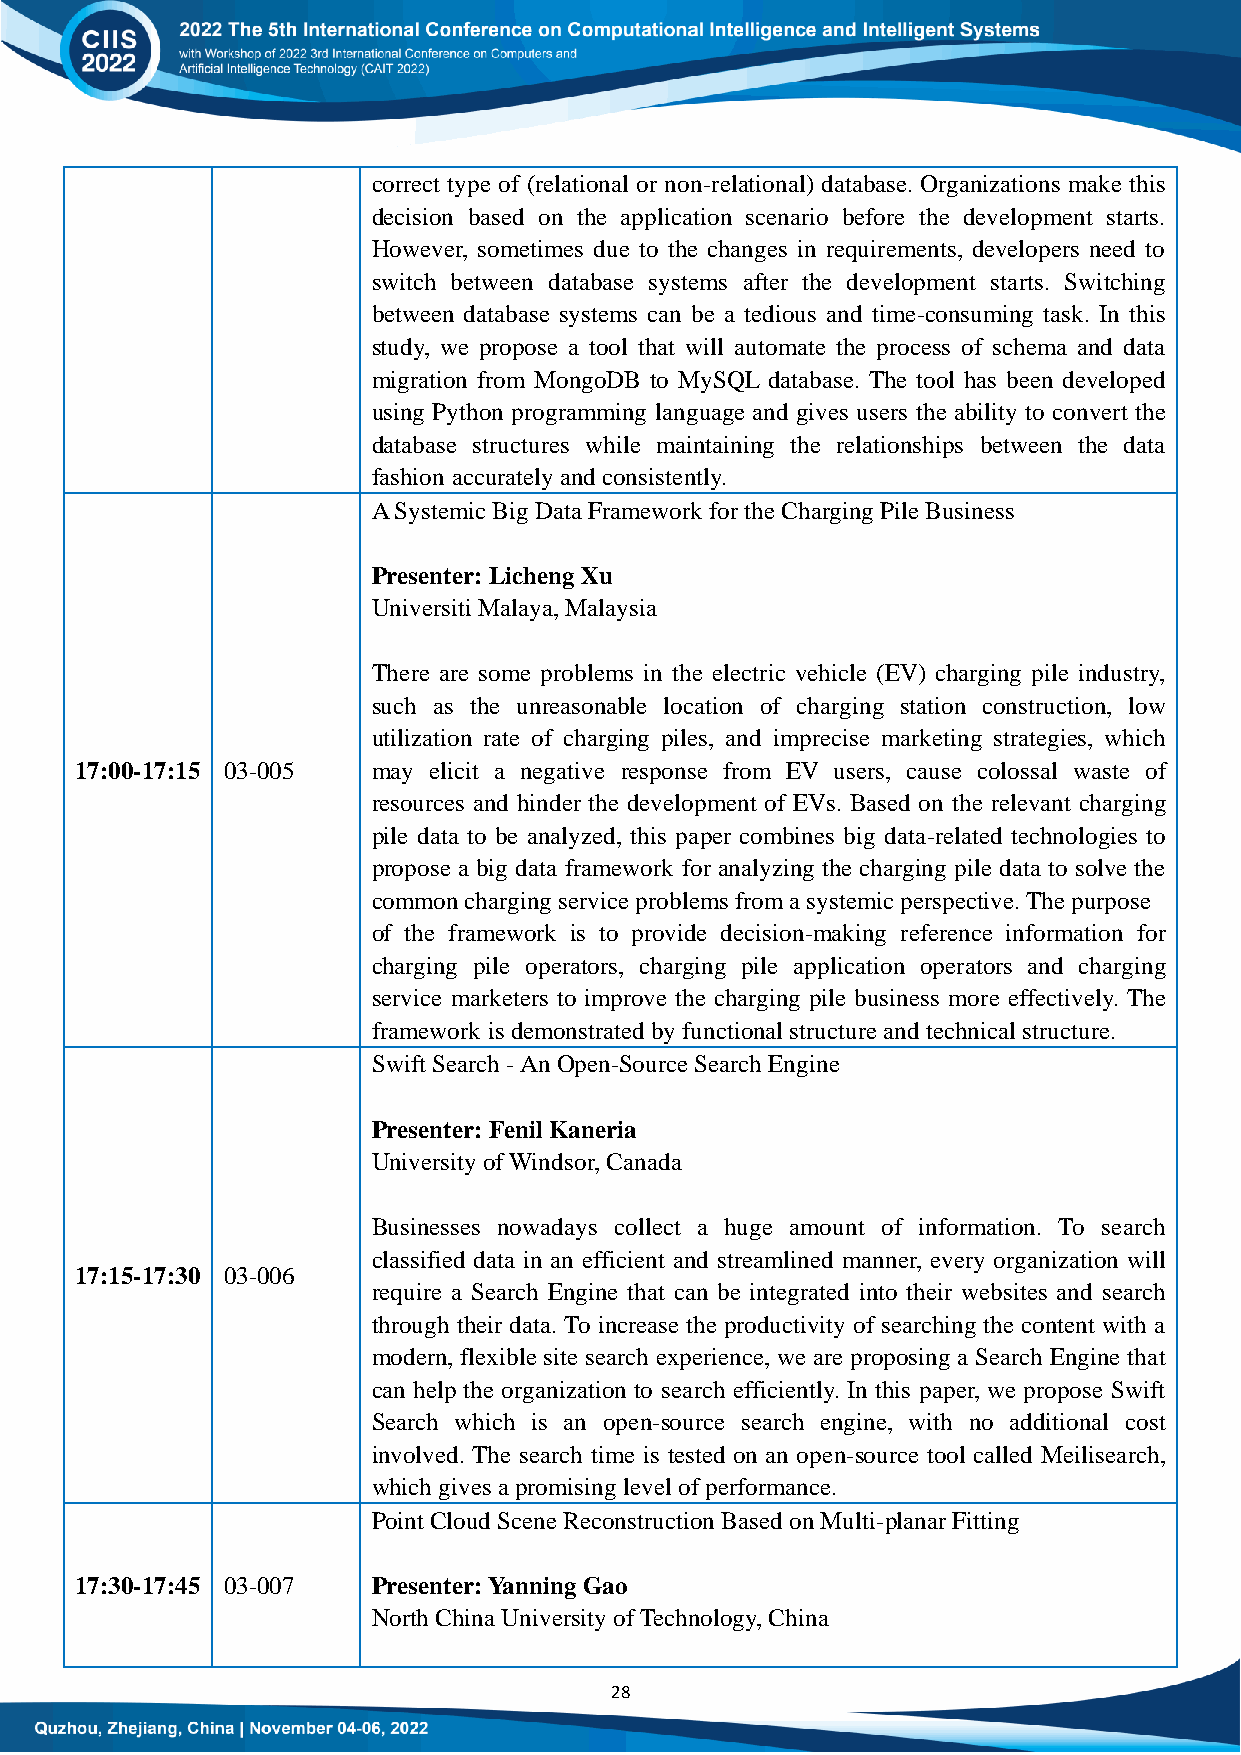
correct type of (relational or non-relational) database. Organizations make this
 decision based on the application scenario before the development starts.
 However, sometimes due to the changes in requirements, developers need to
 switch between database systems after the development starts. Switching
 between database systems can be a tedious and time-consuming task. In this
 study, we propose a tool that will automate the process of schema and data
 migration from MongoDB to MySQL database. The tool has been developed
 using Python programming language and gives users the ability to convert the
 database structures while maintaining the relationships between the data
 fashion accurately and consistently.
 A Systemic Big Data Framework for the Charging Pile Business
 Presenter: Licheng Xu
 Universiti Malaya, Malaysia
 There are some problems in the electric vehicle (EV) charging pile industry,
 such as the unreasonable location of charging station construction, low
 utilization rate of charging piles, and imprecise marketing strategies, which
 17:00-17:15 03-005  may elicit a negative response from EV users, cause colossal waste of
 resources and hinder the development of EVs. Based on the relevant charging
 pile data to be analyzed, this paper combines big data-related technologies to
 propose a big data framework for analyzing the charging pile data to solve the
 common charging service problems from a systemic perspective. The purpose
 of the framework is to provide decision-making reference information for
 charging pile operators, charging pile application operators and charging
 service marketers to improve the charging pile business more effectively. The
 framework is demonstrated by functional structure and technical structure.
 Swift Search - An Open-Source Search Engine
 Presenter: Fenil Kaneria
 University of Windsor, Canada
 Businesses nowadays collect a huge amount of information. To search
 classified data in an efficient and streamlined manner, every organization will
 17:15-17:30 03-006
 require a Search Engine that can be integrated into their websites and search
 through their data. To increase the productivity of searching the content with a
 modern, flexible site search experience, we are proposing a Search Engine that
 can help the organization to search efficiently. In this paper, we propose Swift
 Search which is an open-source search engine, with no additional cost
 involved. The search time is tested on an open-source tool called Meilisearch,
 which gives a promising level of performance.
 Point Cloud Scene Reconstruction Based on Multi-planar Fitting
 17:30-17:45 03-007  Presenter: Yanning Gao
 North China University of Technology, China
 28